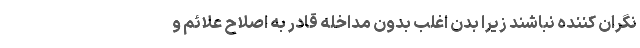
نگران کننده نباشند زیرا بدن اغلب بدون مداخله قادر به اصلاح علائم و